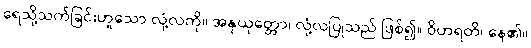
ရေသို့သက်ခြင်းဟူသော လုံ့လကို။ အနုယုတ္တော၊ လုံ့လပြုသည် ဖြစ်၍။ ဝိဟရတိ၊ နေ၏။